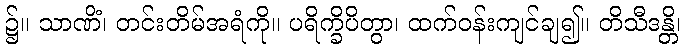
၌။ သာဏိံ၊ တင်းတိမ်အရံကို။ ပရိက္ခိပိတွာ၊ ထက်ဝန်းကျင်ချ၍။ တိသီဒန္တိ၊